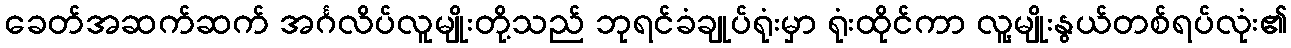
ခေတ်အဆက်ဆက် အင်္ဂလိပ်လူမျိုးတို့သည် ဘုရင်ခံချုပ်ရုံးမှာ ရုံးထိုင်ကာ လူ့မျိုးနွယ်တစ်ရပ်လုံး၏